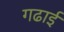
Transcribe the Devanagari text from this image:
गढाई